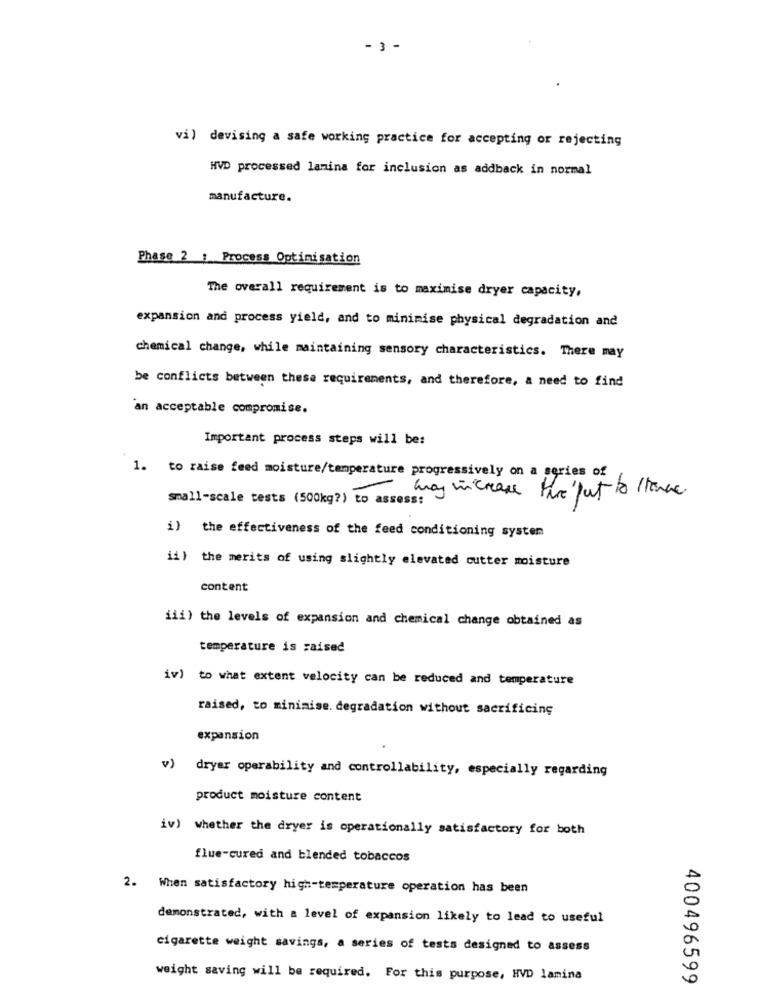
- 3 -
vi) devising a safe working practice for accepting or rejecting
HVD processed lamina for inclusion as addback in normal
manufacture.
Phase 2 : Process Optimisation
The overall requirement is to maximise dryer capacity,
expansion and process yield, and to minimise physical degradation and
chemical change, while maintaining sensory characteristics. There may
be conflicts between these requirements, and therefore, & need to find
an acceptable compromise.
Important process steps will be:
1. to raise feed moisture/temperature progressively on a series of
small-scale tests (500kg?) to assess:
may increase the put to stance.
i) the effectiveness of the feed conditioning systen
ii ) the merits of using slightly elevated cutter moisture
content
iii) the levels of expansion and chemical change obtained as
temperature is raised
iv) to what extent velocity can be reduced and temperature
raised, to minimise. degradation without sacrificing
expansion
v) dryer operability and controllability, especially regarding
product moisture content
iv) whether the dryer is operationally satisfactory for both
flue-cured and blended tobaccos
2. When satisfactory high-temperature operation has been
demonstrated, with a level of expansion likely to lead to useful
cigarette weight savings, a series of tests designed to assess
weight saving will be required. For this purpose, HVD lamina
400496599